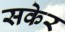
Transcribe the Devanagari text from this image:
सकेर